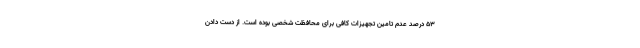
۵۳ درصد عدم تامین تجهیزات کافی برای محافظت شخصی بوده است. از دست دادن